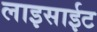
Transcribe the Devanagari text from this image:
लाइसाईट